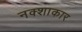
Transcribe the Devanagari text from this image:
नक्शाकार